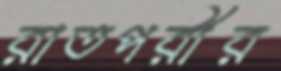
রাতপরীর